Civil Veterinary Department. Madras. Admin. report 1910-25 - 1910-1925
Year: 1910
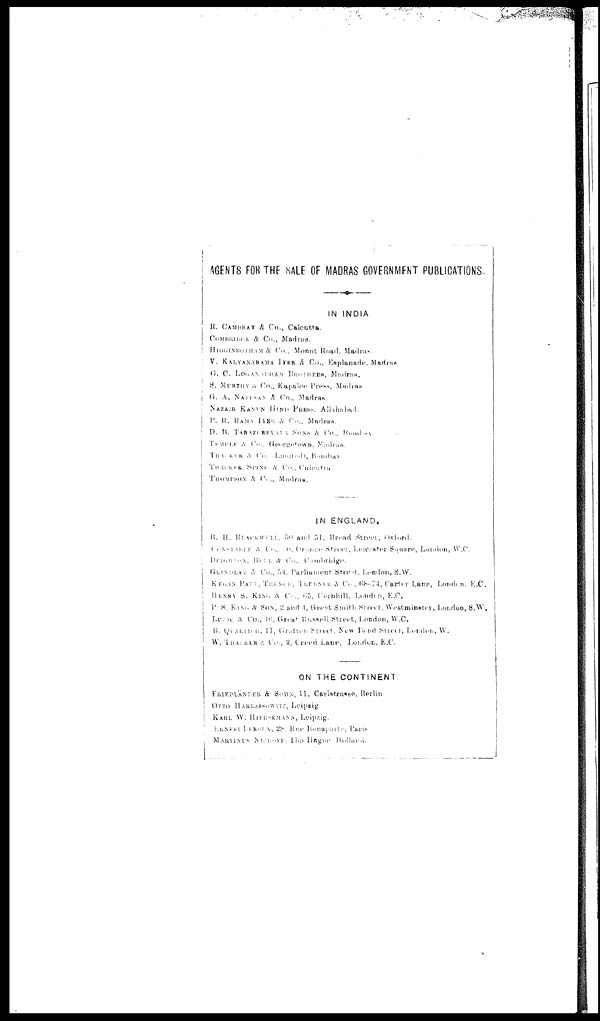
AGENTS FOR THE SALE OF MADRAS GOVERNMENT PUBLICATIONS.
IN INDIA
R. CAMBRAY & Co., Calcutta.
COMBRIDGE & Co., Madras.
HIGGINBOTHAM & Co., Mount Road, Madras.
V. KALYANARAMA IYER & Co., Esplanade. Madras
G.
C. LOGAN ADHAM BROTHERS, Madras.
S.
MURTHY & Co., Kapalee Press, Madras
G. A. NATESON & Co., Madras.
NAZAIR KANUN HIND PRESS. Allahabad.
P. R. RAMA IYER & Co., Madras.
D. B. TARAPORVALA SONS & Co., Bombay
TEMPLE & Co., Georgetown, Madras.
THACKER & Co., Limited, Bombay
THACKER, SPINK & Co., Calcutta
THOMPSON & Co., Madras.
IN ENGLAND.
B. H. BLACKWELL., 50 and 51, Broad Street, Oxford.
CONSTABLE & Co., in, ORANGE Street, Leicester Square, London, W.C.
DEIGHTON BELL & Co., Combridge.
GRINDLAY & CO., 54, Parliament Street, London, S.W.
KEGAN PAUG, TRENCH, TRURNER & Co., 68-74, Carter Lane, Londen. E.C.
HENRY 8. KING A Co., 65, Cornhill, London, E.C.
P. S. KING & SON, 2 and 4, Great Smith Street, Westminster, London, S.W.
LUZNC & Co., 46 Great Russell Street, London, W.C.
B. QUARITCH, 11, Grafton Street. New Bend Street, London, W.
W. THACKER & Co., 2, Creed Lane, London, E.C.
ON THE CONTINENT.
FRIEDLÄNDER & Sons, 11, Carlstrasse, Berlin
OTTO HARRASSOWITZ, Leipzig
KARL W. HIESEMANN, Leipzig.
EENEST LERORX, 28, Rue Bonaparte, Paris
MARHNUS MIHOFF, The Hague Holland.